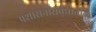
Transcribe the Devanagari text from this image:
प्रशासनासंबंधातील